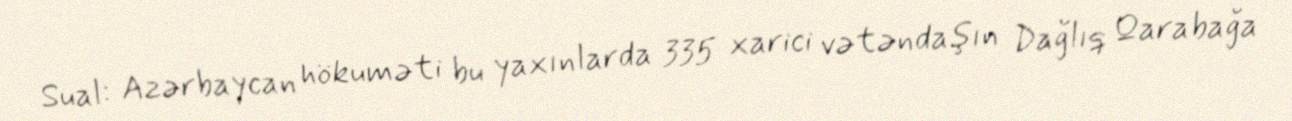
Sual: Azərbaycan hökuməti bu yaxınlarda 335 xarici vətəndaşın Dağlıq Qarabağa